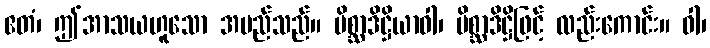
ဧတံ၊ ဤအာသယဟူသော အမည်သည်။ မိစ္ဆာဒိဋ္ဌိယာဝါ၊ မိစ္ဆာဒိဋ္ဌိဖြင့် လည်းကောင်း။ ဝါ၊